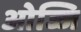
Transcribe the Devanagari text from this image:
ओज्जि